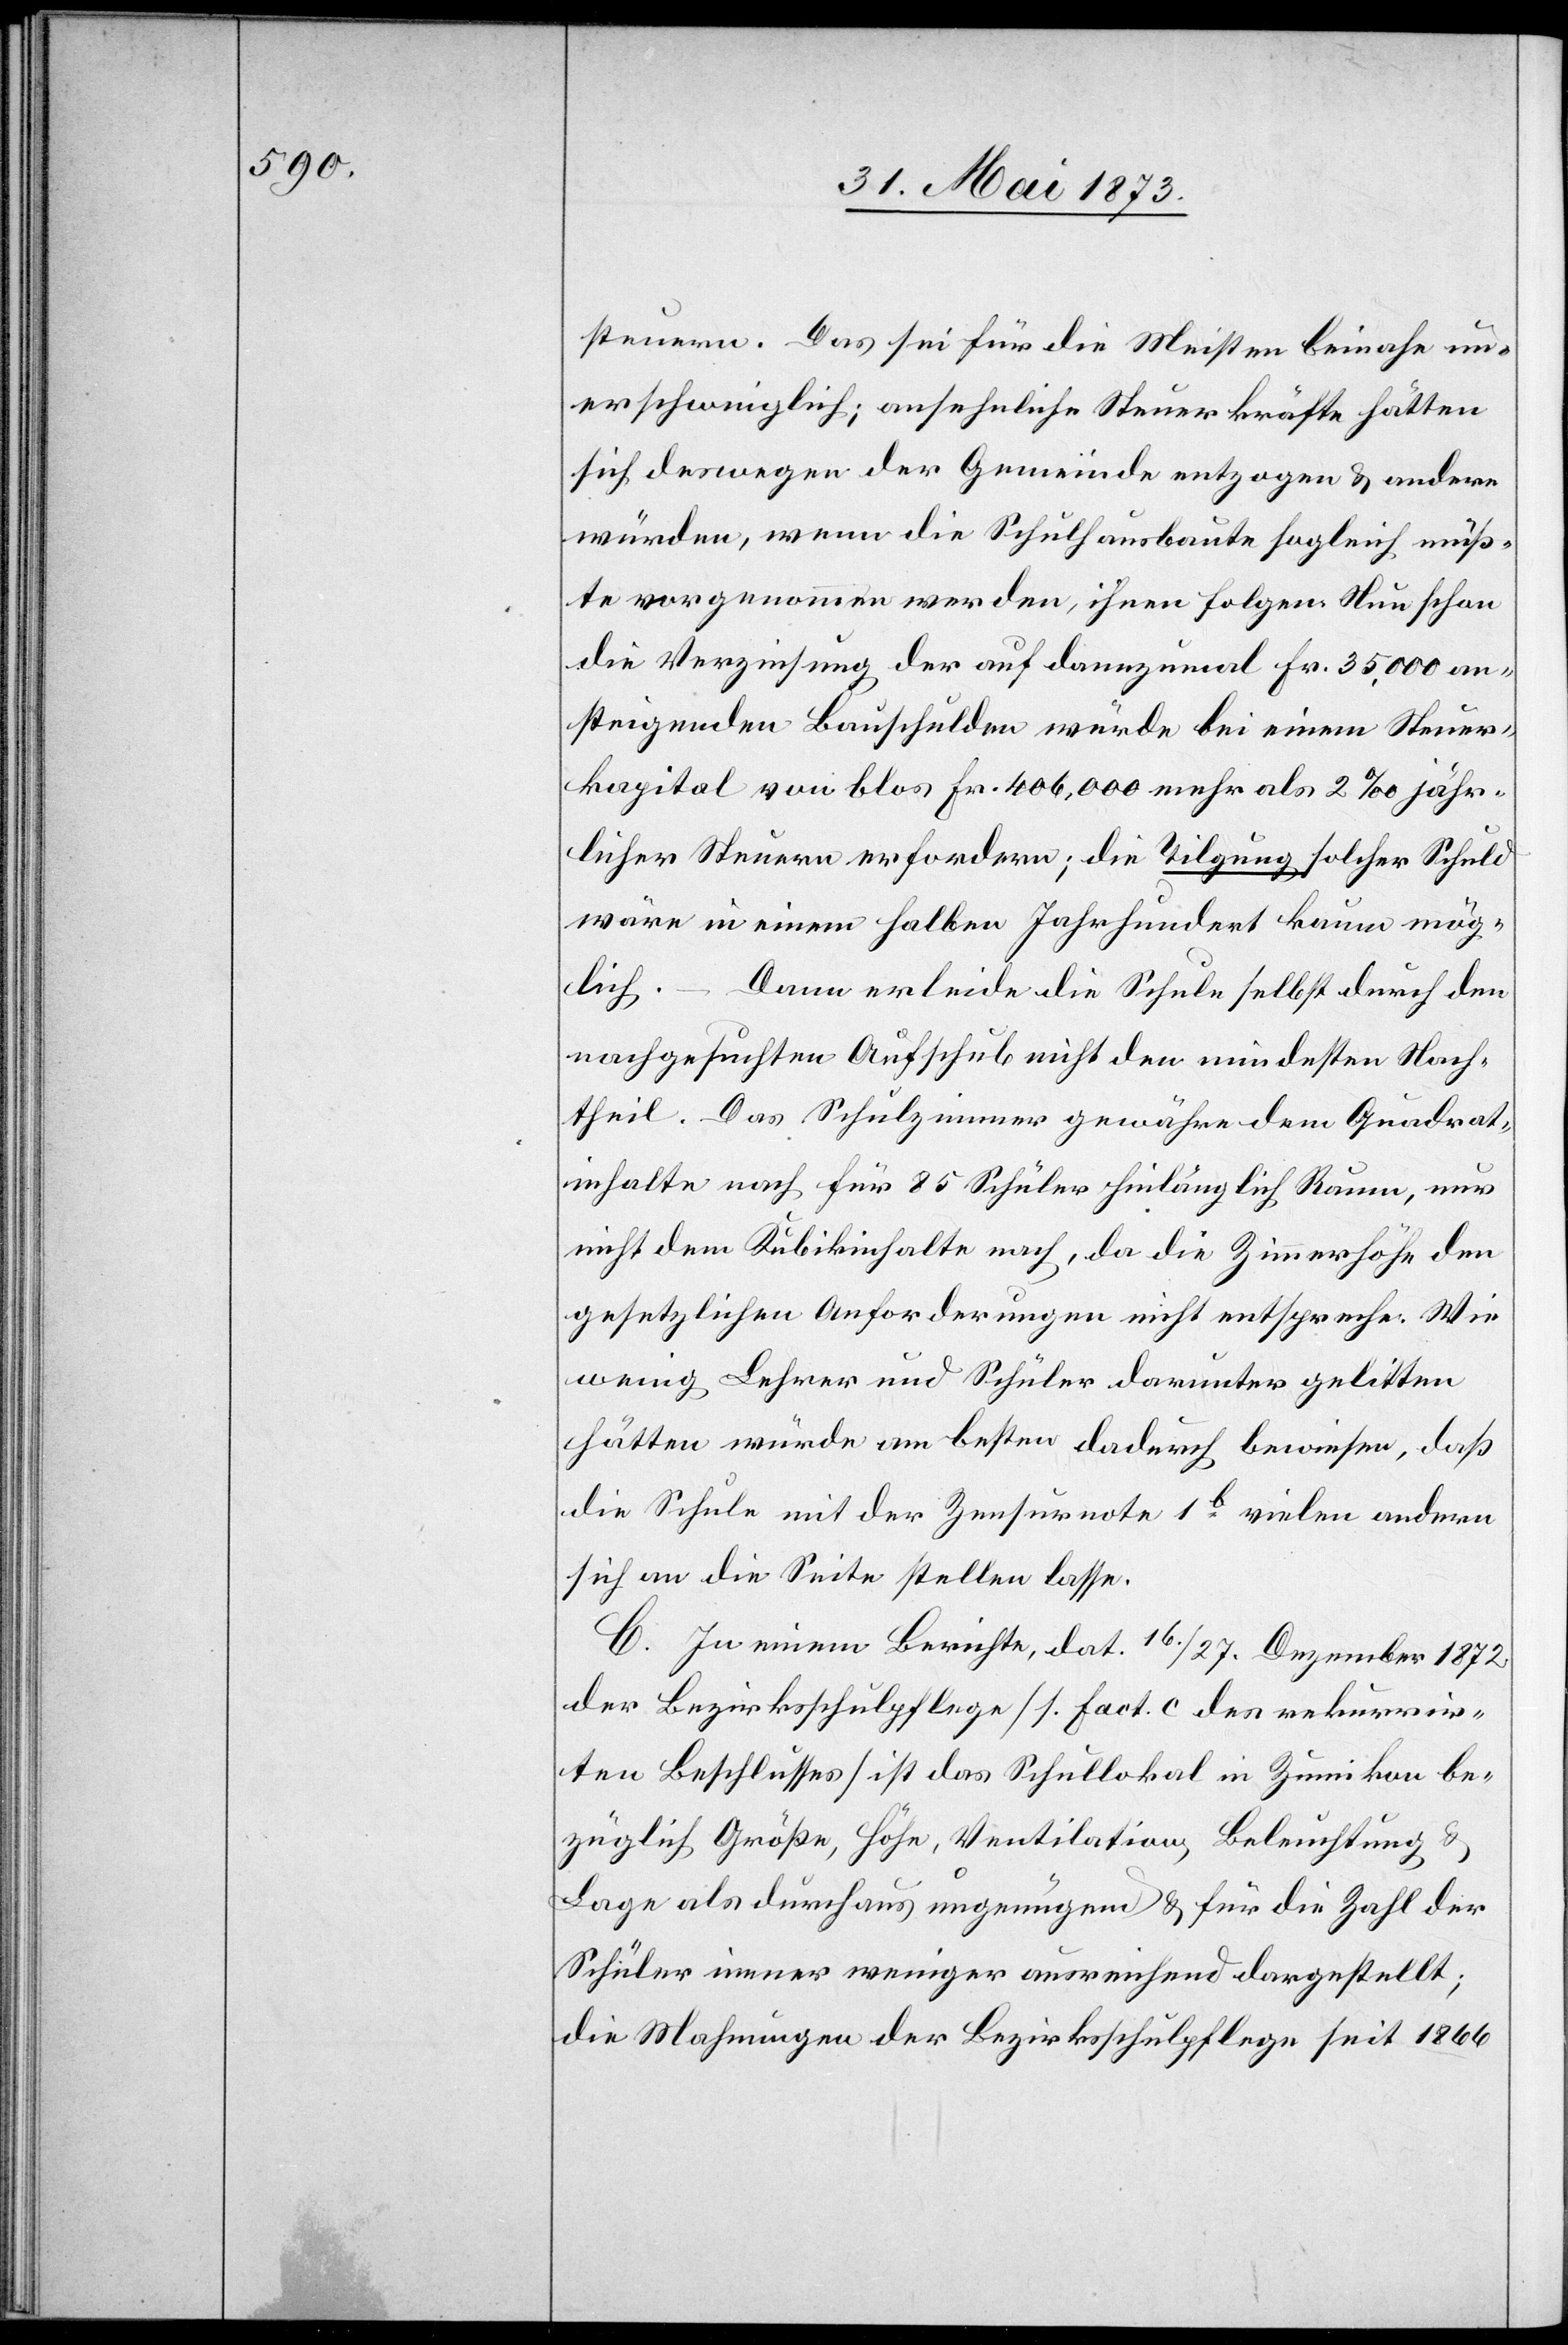
steuern. Das sei für die Meisten beinahe un¬
erschwinglich; ansehnliche Steuerkräfte hätten
sich deswegen der Gemeinde entzogen & andere
würden, wenn die Schulhausbaute sogleich müß¬
te vorgenommen werden, ihnen folgen. Nun schon
die Verzinsung der auf dannzumal Fr. 35,000 an¬
steigenden Bauschulden würde bei einem Steuer¬
kapital von blos Fr. 406,000 mehr als 2‰ jähr¬
licher Steuern erfordern; die Tilgung solcher Schuld
wäre in einem halben Jahrhundert kaum mög¬
Dann erleide die Schule selbst durch den
lich.
nachgesuchten Aufschub nicht den mindesten Nach¬
theil. Das Schulzimmer gewähre dem Quadrat¬
inhalte nach für 85 Schüler hinlänglich Raum, nur
nicht dem Kubikinhalte nach, da die Zimmerhöhe den
gesetzlichen Anforderungen nicht entspreche. Wie
wenig Lehrer und Schüler darunter gelitten
hätten würde am besten dadurch bewiesen, daß
die Schule mit der Zensurnote 1b vielen andern
sich an die Seite stellen lasse.
C. In einem Berichte, dat. 16./27. Dezember 1872
der Bezirksschulpflege [1. Fact. C des rekurrir¬
ten Beschlusses] ist das Schullokal in Zumikon be¬
züglich Größe, Höhe, Ventilation, Beleuchtung &
Lage als durchaus ungenügend & für die Zahl der
Schüler immer weniger ausreichend dargestellt;
die Mahnungen der Bezirksschulpflege seit 1866